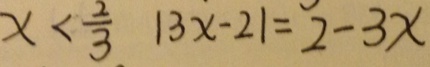
x < \frac { 2 } { 3 } 1 3 x - 2 1 = 2 - 3 x